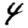
Digit: 4